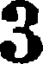
3